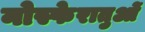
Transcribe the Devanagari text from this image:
नोस्फेरातुओं